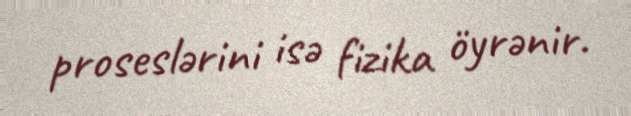
proseslərini isə fizika öyrənir.